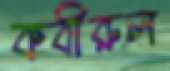
কবীরুল